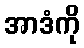
အာဒံကို